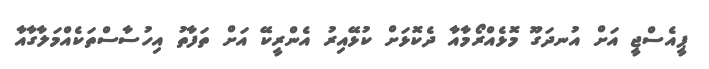
ޕީއެސްޖީ އަށް އުނދަގޫ މޮޅެއްރޯމާއާ ދެކޮޅަށް ކުޅޭއިރު އެންރީކޭ އަށް ތަފާތު އިހުސާސްތަކެއްމަލާގާއާ